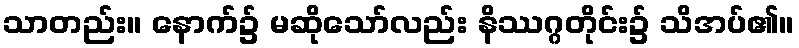
သာတည်း။ နောက်၌ မဆိုသော်လည်း နိဿဂ္ဂတိုင်း၌ သိအပ်၏။